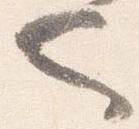
也